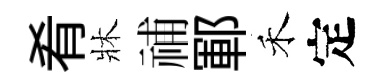
肴牀𥙷鄆禾定